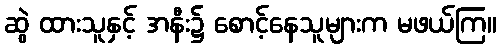
ဆွဲ ထားသူနှင့် အနီး၌ စောင့်နေသူများက မဖယ်ကြ။